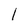
Character: l